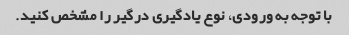
با توجه به ورودی، نوع یادگیری درگیر را مشخص کنید.